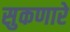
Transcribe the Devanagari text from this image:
सुकणारे